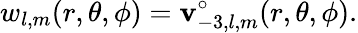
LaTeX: w_{l,m}(r,\theta,\phi)=\mathbf{v}_{-3,l,m}^{\circ}(r,\theta,\phi).